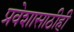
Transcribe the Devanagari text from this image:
प्रवेशासाठीही